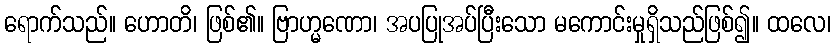
ရောက်သည်။ ဟောတိ၊ ဖြစ်၏။ ဗြာဟ္မဏော၊ အပပြုအပ်ပြီးသော မကောင်းမှုရှိသည်ဖြစ်၍။ ထလေ၊